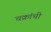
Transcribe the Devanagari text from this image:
चक्रांची